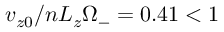
v _ { z 0 } / n L _ { z } \Omega _ { - } = 0 . 4 1 < 1